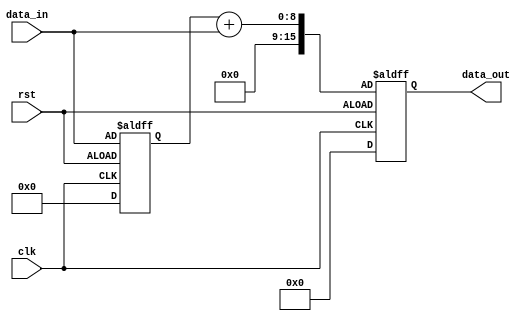
module shift_add_register(
    input clk,
    input rst,
    input [7:0] data_in,
    output reg [15:0] data_out
);

reg [7:0] shift_reg = 0;

always @(posedge clk or negedge rst) begin
    if(rst) begin
        shift_reg <= 0;
        data_out <= 0;
    end else begin
        shift_reg <= {shift_reg[6:0], data_in};
        data_out <= shift_reg + data_in;
    end
end

endmodule